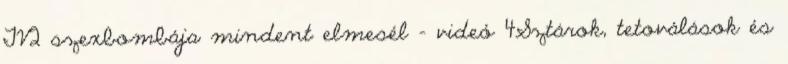
TV2 szexbombája mindent elmesél - videó 4Sztárok, tetoválások és